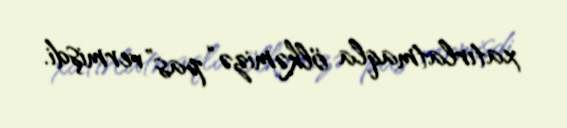
xatırlatmaqla ölkəmizə “pas” vermişdi.